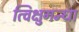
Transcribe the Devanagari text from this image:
त्विक्षुगन्धा